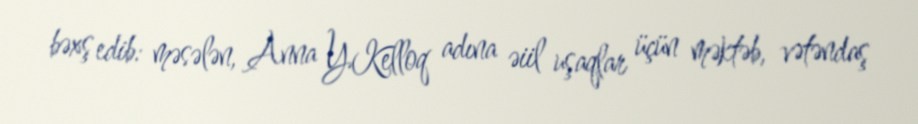
bəxş edib: məsələn, Anna Y.Kelloq adına əiil uşaqlar üçün məktəb, vətəndaş